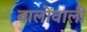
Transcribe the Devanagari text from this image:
बालोंवाली